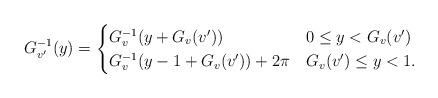
LaTeX: \begin{align*}G_{v'}^{-1}(y)=\begin{cases}G_{v}^{-1}(y+G_{v}(v')) & 0\le y< G_{v}(v') \\G_{v}^{-1}(y-1+G_{v}(v'))+2\pi & G_{v}(v') \le y <1.\end{cases}\end{align*}